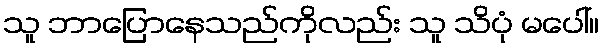
သူ ဘာပြောနေသည်ကိုလည်း သူ သိပုံ မပေါ်။